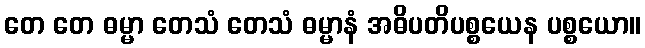
တေ တေ ဓမ္မာ တေသံ တေသံ ဓမ္မာနံ အဓိပတိပစ္စယေန ပစ္စယော။